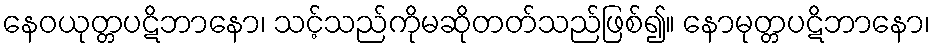
နေဝယုတ္တပဋိဘာနော၊ သင့်သည်ကိုမဆိုတတ်သည်ဖြစ်၍။ နောမုတ္တပဋိဘာနော၊